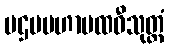
ပဌမမဟာပထဝီသုတ္တံ